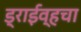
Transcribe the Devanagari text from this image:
ड्राईव्हचा